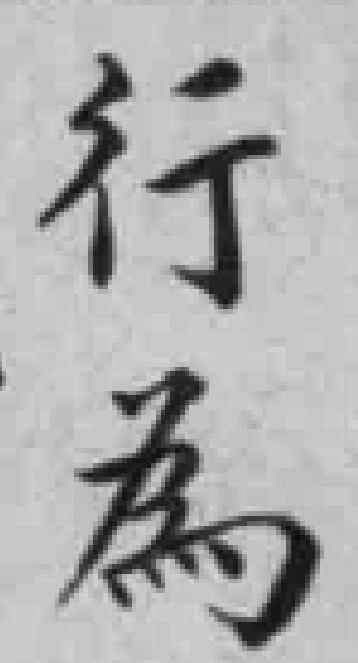
行為